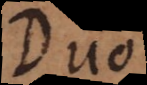
Duo